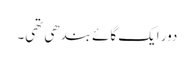
دور ایک گائے بندھی تھی۔